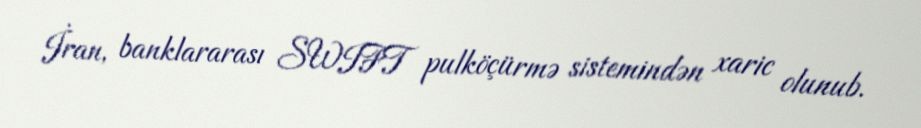
İran, banklararası SWIFT pulköçürmə sistemindən xaric olunub.